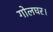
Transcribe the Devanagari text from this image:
गोलघर।